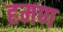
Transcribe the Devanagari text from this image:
हमण